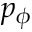
p _ { \phi }